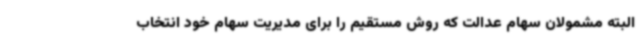
البته مشمولان سهام عدالت که روش مستقیم را برای مدیریت سهام خود انتخاب